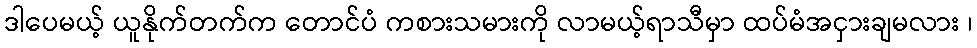
ဒါပေမယ့် ယူနိုက်တက်က တောင်ပံ ကစားသမားကို လာမယ့်ရာသီမှာ ထပ်မံအငှားချမလား ၊